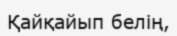
Қайқайып белің,